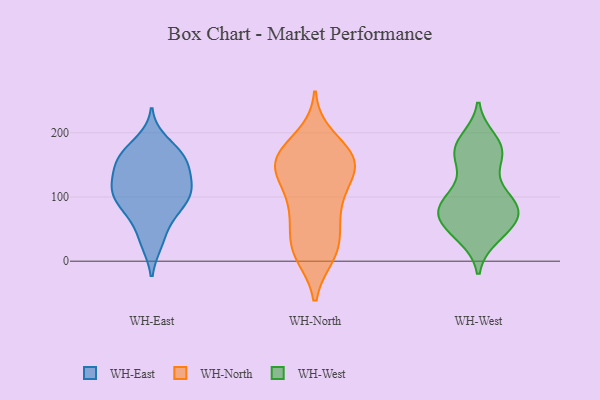
{"axis": {"x": "Shipments", "y": "Value"}, "legend": ["WH-East", "WH-North", "WH-West"], "data": [{"x": "", "y": 70, "type": "WH-East"}, {"x": "", "y": 97, "type": "WH-East"}, {"x": "", "y": 136, "type": "WH-East"}, {"x": "", "y": 68, "type": "WH-East"}, {"x": "", "y": 91, "type": "WH-East"}, {"x": "", "y": 116, "type": "WH-East"}, {"x": "", "y": 29, "type": "WH-East"}, {"x": "", "y": 169, "type": "WH-East"}, {"x": "", "y": 155, "type": "WH-East"}, {"x": "", "y": 104, "type": "WH-East"}, {"x": "", "y": 116, "type": "WH-East"}, {"x": "", "y": 118, "type": "WH-East"}, {"x": "", "y": 162, "type": "WH-East"}, {"x": "", "y": 31, "type": "WH-East"}, {"x": "", "y": 169, "type": "WH-East"}, {"x": "", "y": 113, "type": "WH-East"}, {"x": "", "y": 155, "type": "WH-East"}, {"x": "", "y": 90, "type": "WH-East"}, {"x": "", "y": 186, "type": "WH-East"}, {"x": "", "y": 147, "type": "WH-East"}, {"x": "", "y": 26, "type": "WH-North"}, {"x": "", "y": 73, "type": "WH-North"}, {"x": "", "y": 10, "type": "WH-North"}, {"x": "", "y": 78, "type": "WH-North"}, {"x": "", "y": 149, "type": "WH-North"}, {"x": "", "y": 11, "type": "WH-North"}, {"x": "", "y": 115, "type": "WH-North"}, {"x": "", "y": 148, "type": "WH-North"}, {"x": "", "y": 31, "type": "WH-North"}, {"x": "", "y": 152, "type": "WH-North"}, {"x": "", "y": 135, "type": "WH-North"}, {"x": "", "y": 17, "type": "WH-North"}, {"x": "", "y": 167, "type": "WH-North"}, {"x": "", "y": 193, "type": "WH-North"}, {"x": "", "y": 101, "type": "WH-North"}, {"x": "", "y": 143, "type": "WH-North"}, {"x": "", "y": 160, "type": "WH-North"}, {"x": "", "y": 163, "type": "WH-North"}, {"x": "", "y": 170, "type": "WH-North"}, {"x": "", "y": 71, "type": "WH-North"}, {"x": "", "y": 66, "type": "WH-West"}, {"x": "", "y": 86, "type": "WH-West"}, {"x": "", "y": 46, "type": "WH-West"}, {"x": "", "y": 163, "type": "WH-West"}, {"x": "", "y": 89, "type": "WH-West"}, {"x": "", "y": 172, "type": "WH-West"}, {"x": "", "y": 49, "type": "WH-West"}, {"x": "", "y": 177, "type": "WH-West"}, {"x": "", "y": 81, "type": "WH-West"}, {"x": "", "y": 169, "type": "WH-West"}, {"x": "", "y": 40, "type": "WH-West"}, {"x": "", "y": 87, "type": "WH-West"}, {"x": "", "y": 57, "type": "WH-West"}, {"x": "", "y": 92, "type": "WH-West"}, {"x": "", "y": 187, "type": "WH-West"}, {"x": "", "y": 71, "type": "WH-West"}, {"x": "", "y": 171, "type": "WH-West"}, {"x": "", "y": 89, "type": "WH-West"}, {"x": "", "y": 122, "type": "WH-West"}]}